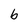
Character: b